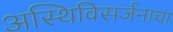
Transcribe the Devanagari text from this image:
अस्थिविसर्जनाचा